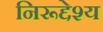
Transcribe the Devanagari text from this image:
निरूद्देश्य